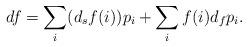
LaTeX: \begin{align*}d f = \sum_{i} (d_{s} f(i)) p_{i} +\sum_{i} f(i) d_{f} p_{i}. \end{align*}